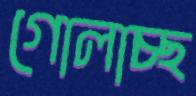
গোলাচ্ছ